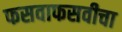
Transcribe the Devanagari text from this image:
फसवाफसवीचा